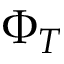
\Phi _ { T }